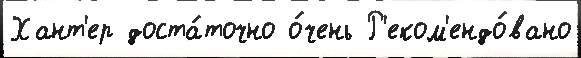
Хант'ер доста́точно о́чень Р'еком'ендо́вано